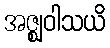
အဇ္ဈဝါသယိ